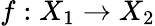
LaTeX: f:X_{1}\rightarrow X_{2}